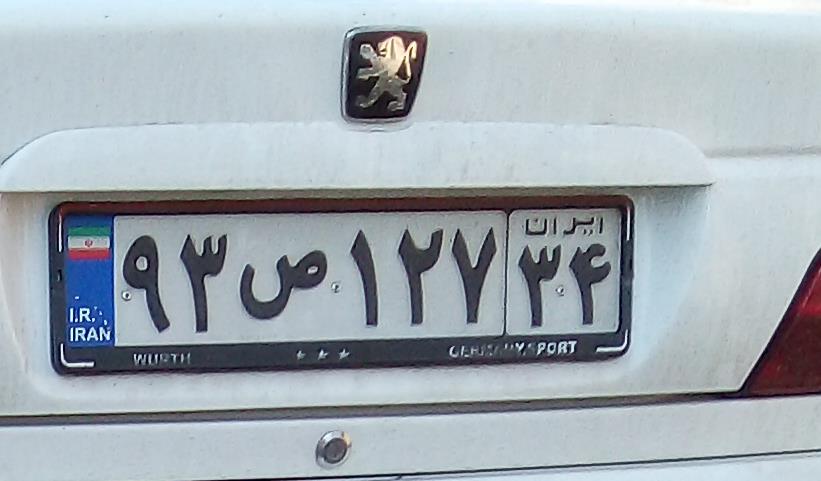
۹۳ص۱۲۷۳۴